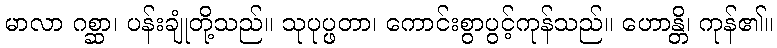
မာလာ ဂစ္ဆာ၊ ပန်းချုံတို့သည်။ သုပုပ္ဖတာ၊ ကောင်းစွာပွင့်ကုန်သည်။ ဟောန္တိ၊ ကုန်၏။